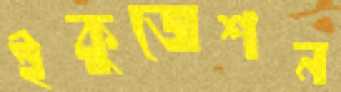
ইকুজেশন